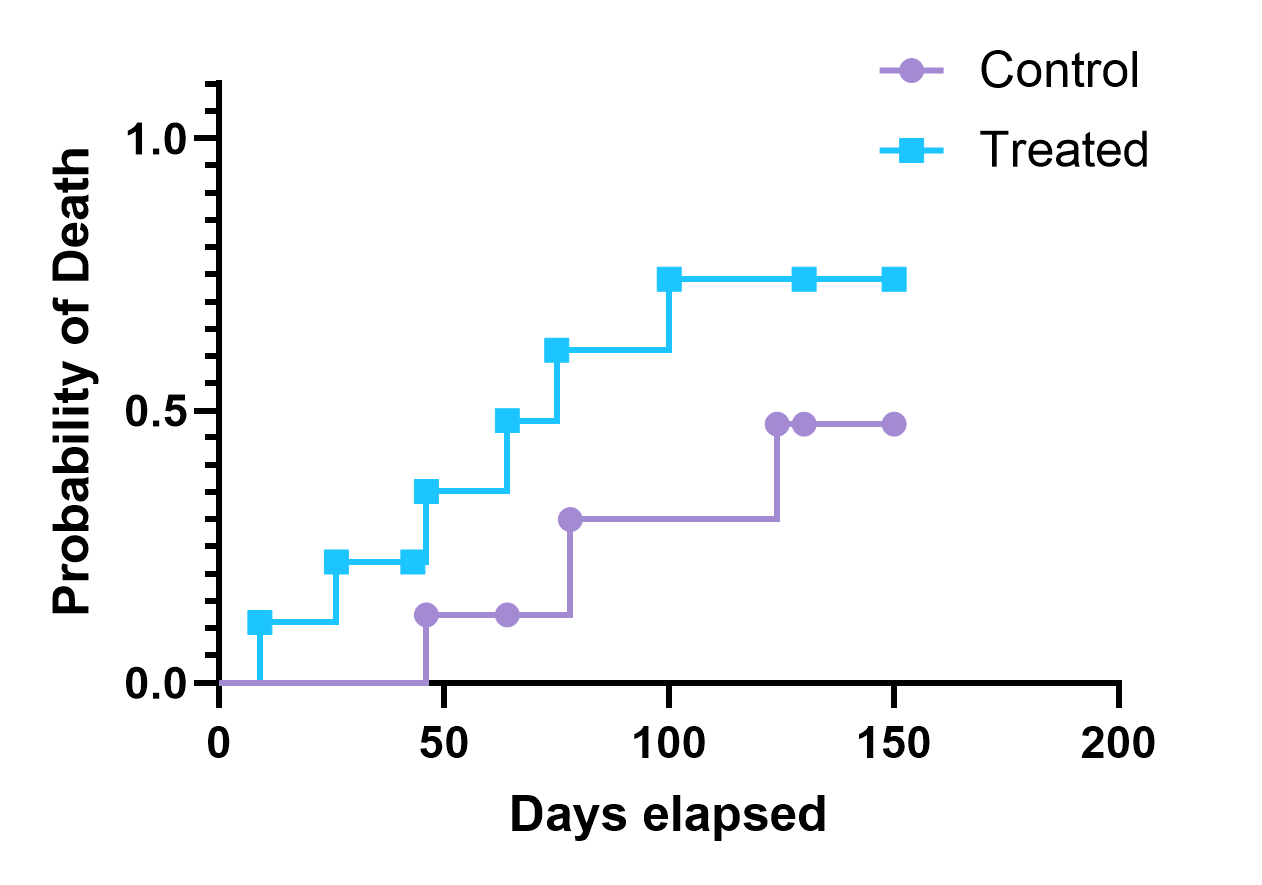
graphpad, survival, two groups, staircase, point,error bar